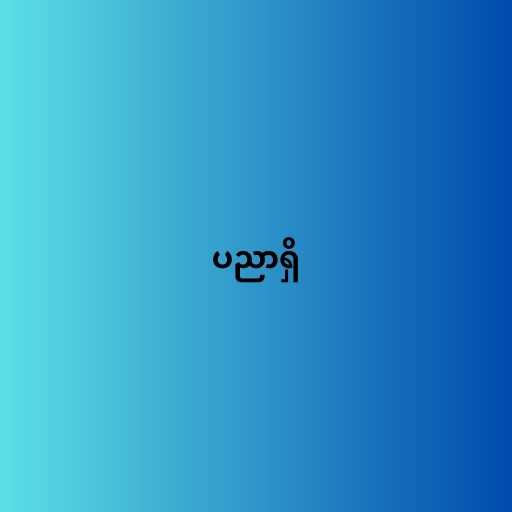
ပညာရှိ